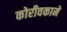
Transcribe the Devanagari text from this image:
कोरीवकामे